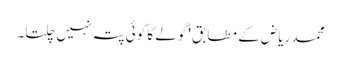
محمد ریاض کے مطابق 'گولے کا کوئی پتہ نہیں چلتا۔